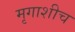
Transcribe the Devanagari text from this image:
मृगाशीच